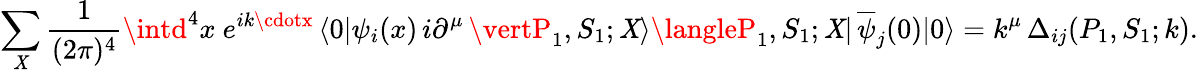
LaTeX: \sum_{\mathit{X}}\frac{{1}}{{(2\pi)^{4}}}\intd^{4}x\ e^{ik\cdotx}\, \langle0\vert\psi_{i}(x)\, i\partial^{\mu}\, \vertP_{1},S_{1};\mathit{X}\rangle\langleP_{1},S_{1};\mathit{X}\vert\, \overline{{{\psi}}}_{j}(0)\vert0\rangle=k^{\mu}\, \Delta_{ij}(P_{1},S_{1};k).